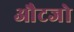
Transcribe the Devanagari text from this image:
औटजो